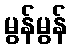
မွန်မွန်